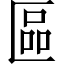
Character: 區